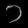
Digit: ၁